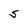
Character: 5